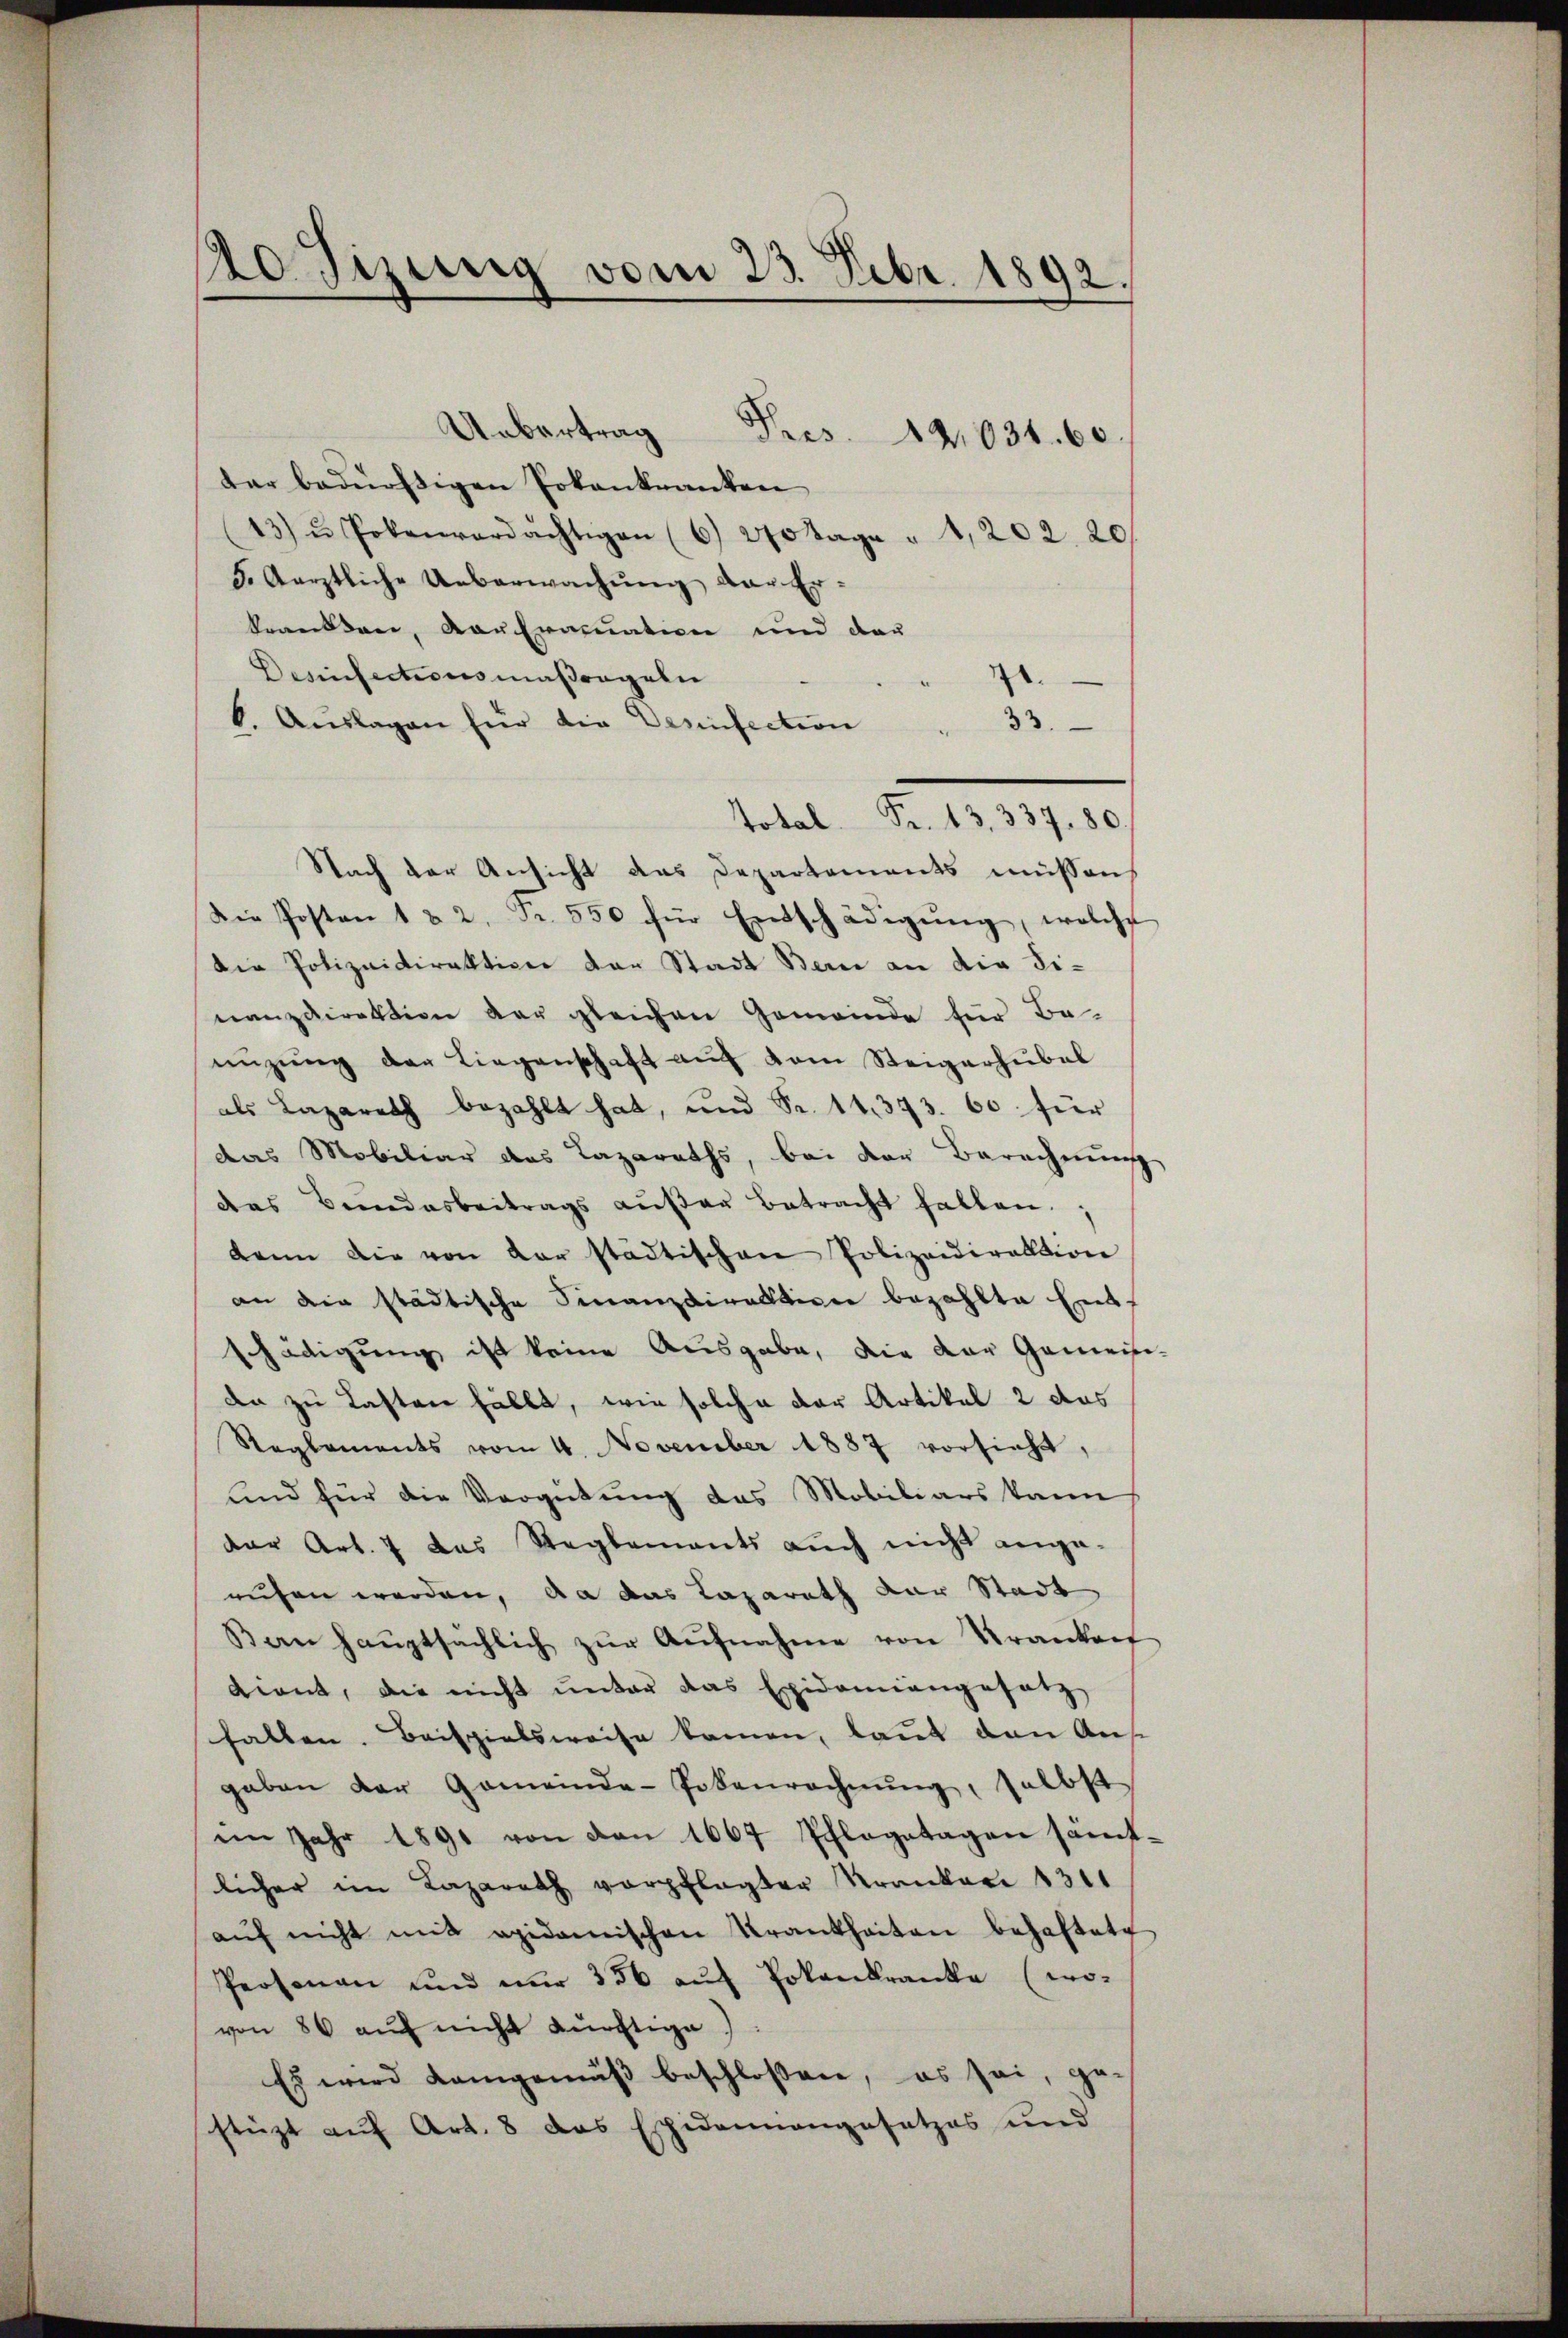
Rodizung vom 23. Febr. 1892.

dar bedürftigen Pokankranken
13) u. Potenverdächtigen (6) 270 Tage " 1202. 20
5. Aerztliche Ueberwachung der Erkranken, das Eracuation und der
Desinfectionsmaßregeln
.
b. Aŭslagen für die Verinfection . 33.
Nach der Ansicht das Departements müssen
Die Posten 1 & 2. Fr. 550 für Entschädigŭng, welche
die Polizeidirektion der Stadt Bern an die Finanzdirektion der gleichen Gemeinde für Be-
nüzŭng der Liegenschaft aŭf vom Steigerhübel
als Lazareth bezahlt hat, und Fr. 14. 373. 60. für
das Mobiliar das Lazareths, bei der Berechnung
das Bundesbeitrags aŭβer betracht fallen.
kann die von der städtischen Polizeidirektion
an die städtische Finanzdirektion bezahlte Eint
schädigung ist keine Ausgabe, die der Gemein-
da zu Lasten fällt, wie solche der Artikel 2 das
Reglements vom 4. November 1887 vorsicht,
und für die Vergütung das Mobiliars kann
der Art. 7 das Reglements aŭch nicht ange-
rufen werden, da das Lazareth der Stadt
Ban haŭptsächlich zŭr Aŭfnahme von Krankenf
dient, die nicht ŭnter das Epidemiangesetz
fallen. Beispielsweise kamen, laut den Ausgaben der Gemeinde-Podenrechnŭng, selbst
im Jahr 1891 von den 1667 Schlagetagen sämt-
licher im Lazareth verpflegter Kranken 1311
aŭf nicht mit apidemischen Krankheiten behaftete
Personen und nŭr 336 aŭf Erkankranke (wo-
von 86 auf nicht dürftige)
Es wird kamgemäβ beschloßen, es sei, ge-
stüzt auf Art. 8 das Espidonnangesetzes und

Uebertrag Pres. 412.031. 60

Total. Fr. 13. 337. 80.